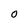
Character: O